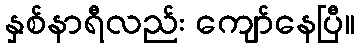
နှစ်နာရီလည်း ကျော်နေပြီ။